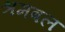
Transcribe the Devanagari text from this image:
श्रमबल